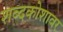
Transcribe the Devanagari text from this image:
शब्दकोशावर